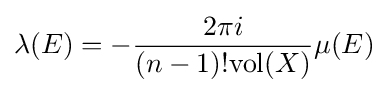
\lambda (E)=-{\frac {2\pi i}{(n-1)!\mathrm {vol} (X)}}\mu (E)